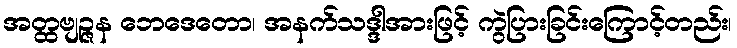
အတ္ထဗျဉ္ဇန ဘေဒေတော၊ အနက်သဒ္ဒါအားဖြင့် ကွဲပြားခြင်းကြောင့်တည်း၊